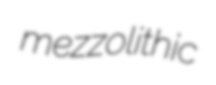
mezzolithic